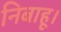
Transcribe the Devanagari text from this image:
निबाहू।